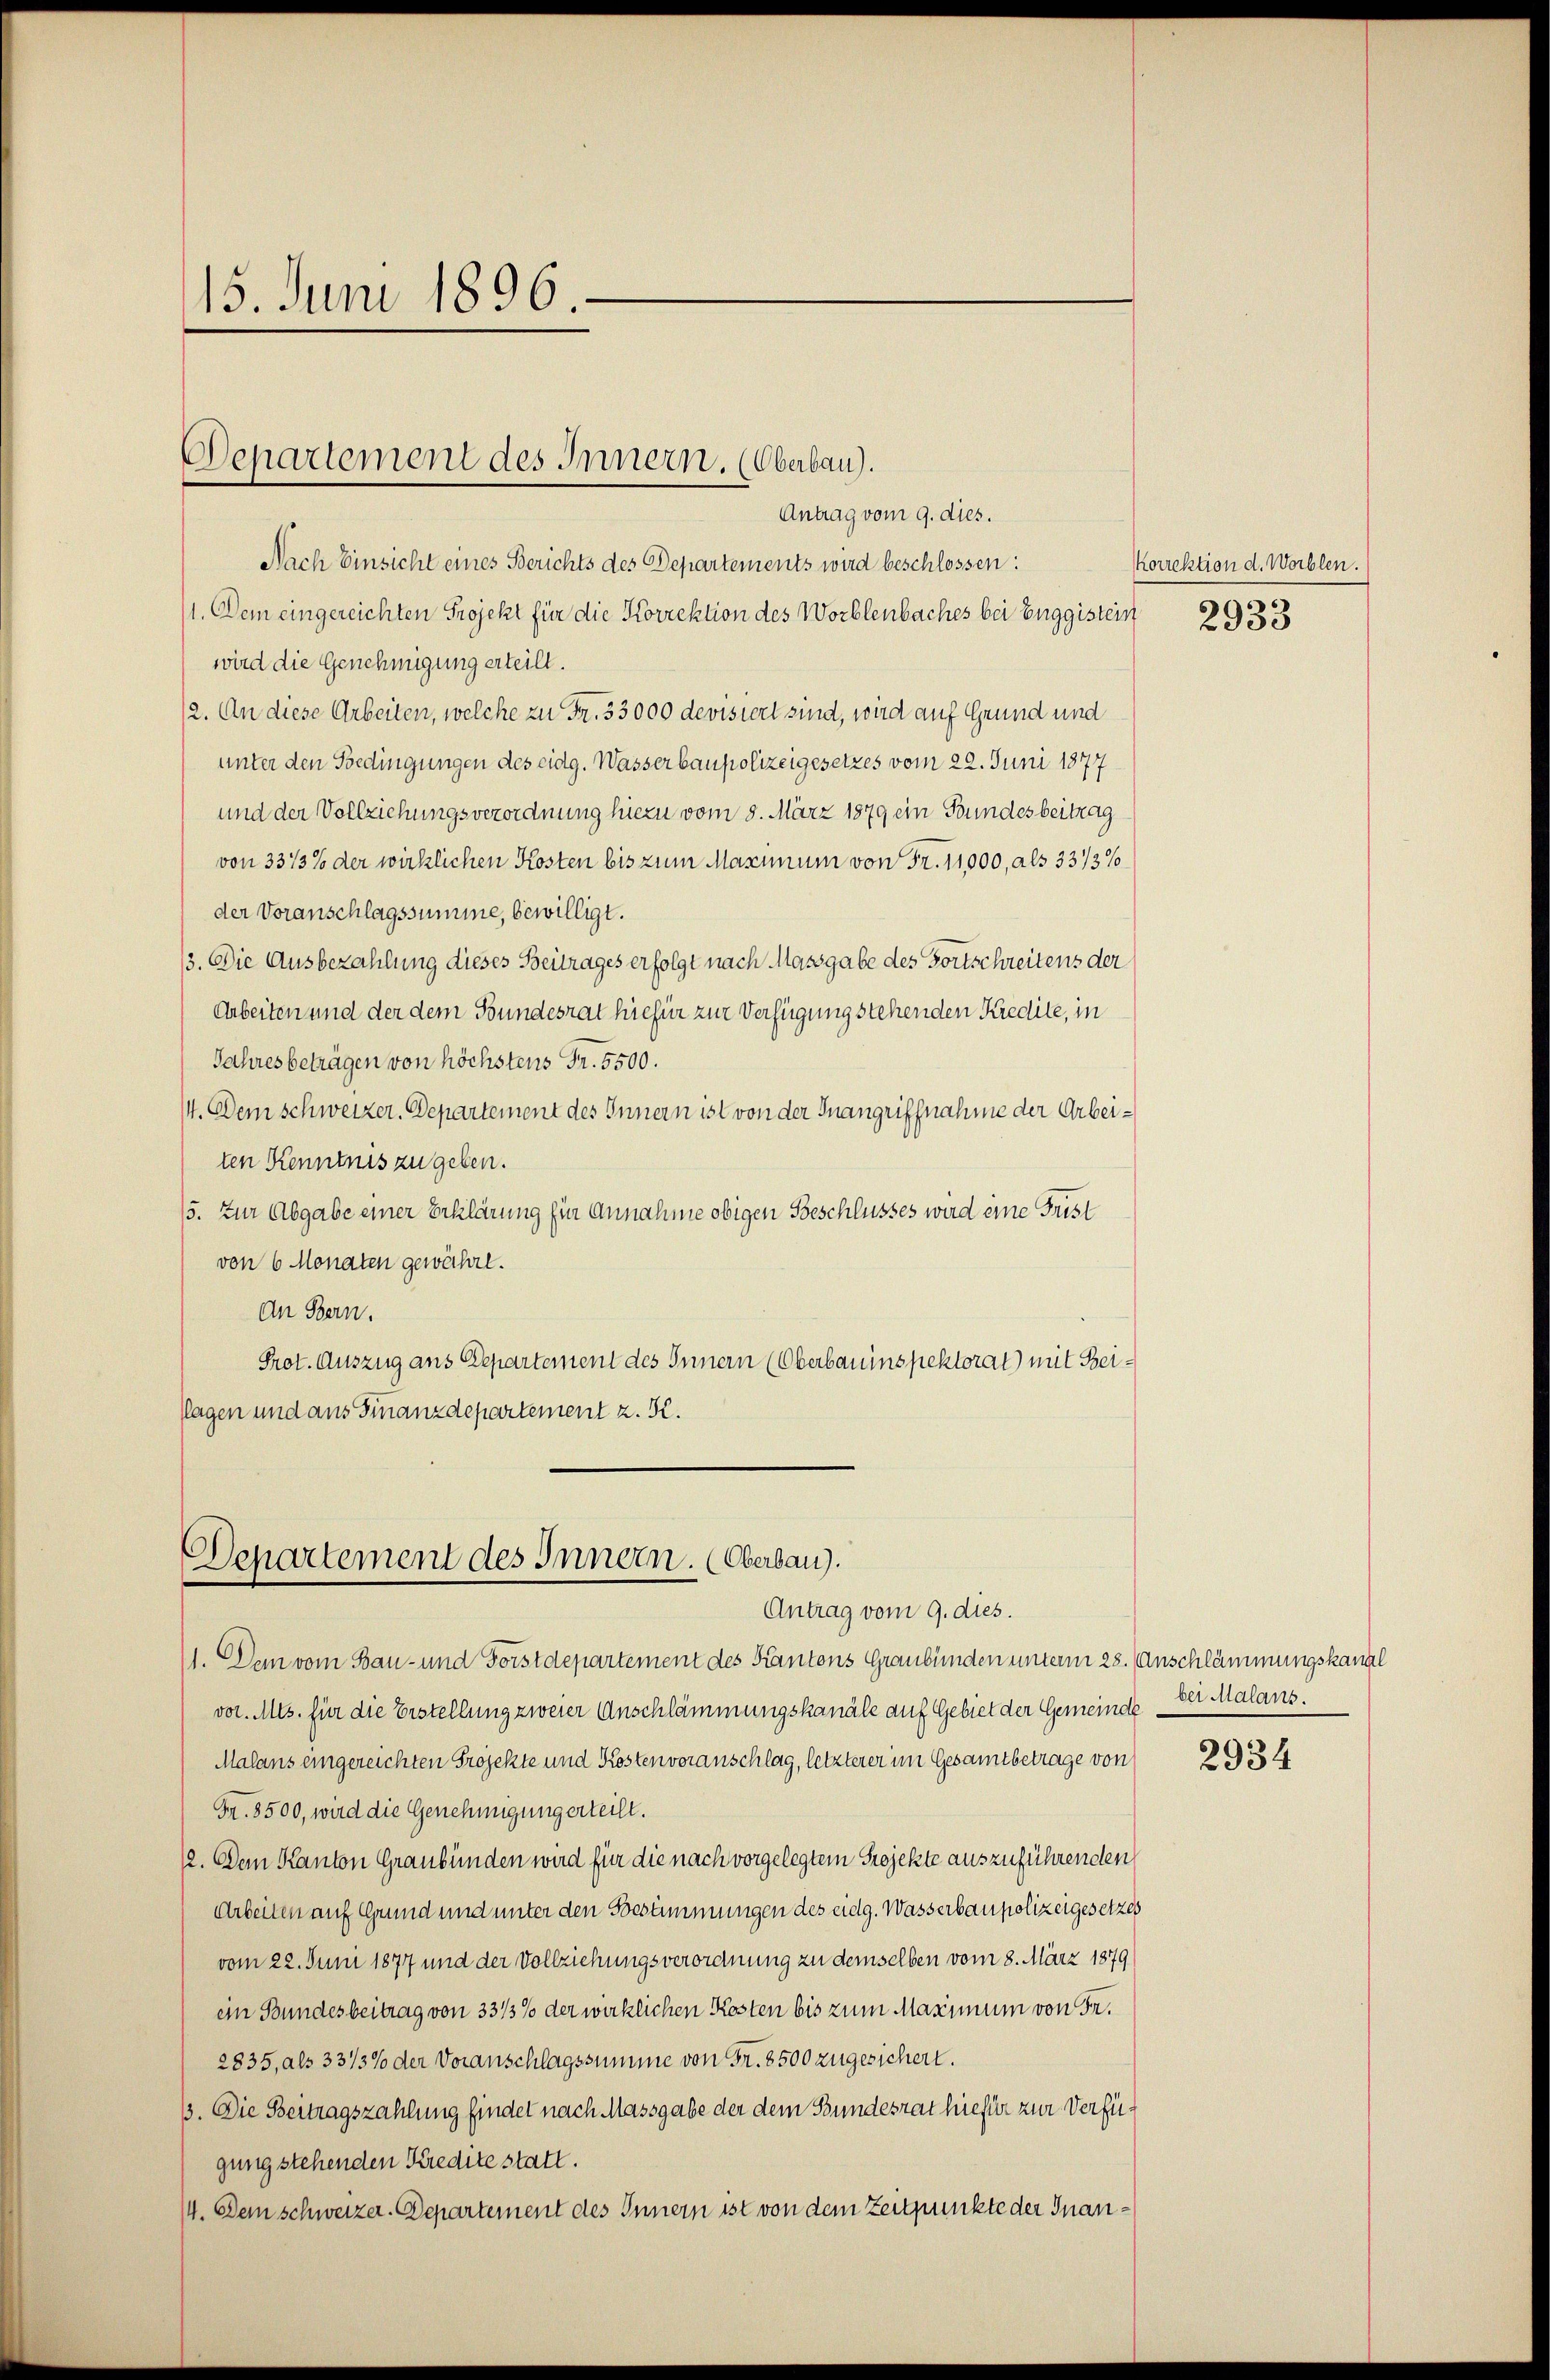
15. Juni 1896.

Antrag vom 9. dies.
Nach Einsicht eines Berichts des Departements wird beschlossen:
(1. Dem eingereichten Projekt für die Korrektion des Worblenbaches bei Euggistein 2933
wird die Genehmigung erteilt.
12. An diese Arbeiten, welche zu Fr. 33000 devisiert sind, wird auf Grund und
unter den Bedingungen des eidg. Wasserbaupolizeigesetzes vom 22. Juni 1877
und der Vollziehungsverordnung hiezu vom 8. März 1879 ein Bundesbeitrag
von 3313% der wirklichen Kosten bis zum Maximum von Fr. 11,000, als 33/3%
der Voranschlagssumme, bewilligt.
13. Die Ausbezahlung dieses Beitrages erfolgt nach Massgabe des Fortschreitens der
Arbeiten und der dem Bundesrat hiefür zur Verfügung stehenden Kredite, in
Jahresbeträgen von höchstens Fr. 5500.
/4. Dem schweizer. Departement des Innern ist von der Inangriffnahme der Arbeiten Kenntnis zu geben.
/5. Zur Abgabe einer Erklärung für Annahme obigen Beschlusses wird eine Frist
von 6 Monaten gewährt.
An Bern.
Prot. Auszug aus Departement des Innern (Oberbauinspektorat) mit Beiflagen und aus Finanzdepartement z. K.

Departement des Innern. (Oberbau).

Departement des Innern. (Oberbau).
Antrag vom 9. dies.

11. Dem vom Bau- und Forstdepartement des Kantons Graubünden unterm 28. Anschlämmungskanal
vor. Mts. für die Erstellung zweier Anschlämmungskanäle auf Gebiet der Gemeinde
Malans eingereichten Projekte und Kosten voranschlag, letzterer im Gesamtbetrage von
Fr. 8500, wird die Genehmigungerteilt.
12. Dem Kanton Graubünden wird für die nach vorgelegtem Projekte auszuführenden
Arbeiten auf Grund und unter den Besammungen des eidg. Wasserbaupolizeigesetzes
vom 22. Juni 1877 und der Vollziehungsverordnung zu demselben vom 8. März 1879
ein Bundesbeitrag von 33/3% der wirklichen Kosten bis zum Maximum von Fr.
2835, als 33/3% der Voranschlagssumme von Fr. 8500 zugesichert.
33. Die Bertragszahlung findet nach Massgabe der dem Bundesrat hiefür zur Verfügung stehenden Kredite statt.
14. Dem Schweizer. Departement des Innern ist von dem Zeitpunkte der Inan¬

korrektion d. Worblen.

ber Malans.

2934